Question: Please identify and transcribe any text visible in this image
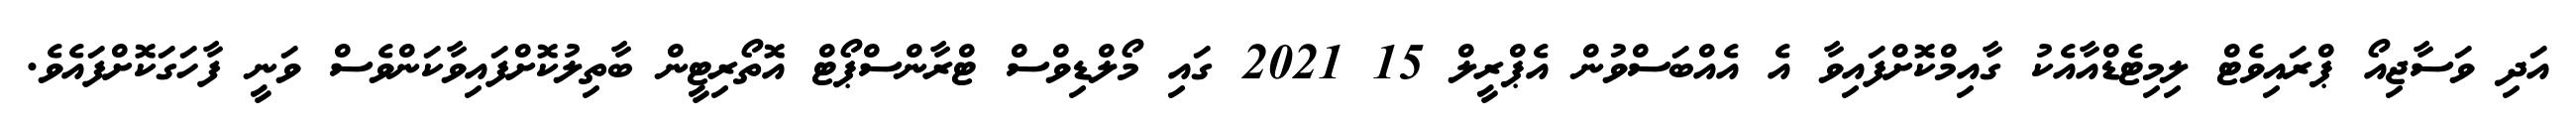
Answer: އަދި ވަސާޖިއޯ ޕްރައިވެޓް ލިމިޓެޑްއާއެކު ގާއިމްކޮށްފައިވާ އެ އެއްބަސްވުން އެޕްރީލް 15 2021 ގައި މޯލްޑިވްސް ޓްރާންސްޕޯޓް އޮތޯރިޓީން ބާތިލުކޮށްފައިވާކަންވެސް ވަނީ ފާހަގަކޮށްފައެވެ.